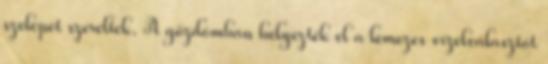
szelepet szereltek. A gőzdómban helyezték el a lemezes vízelválasztót